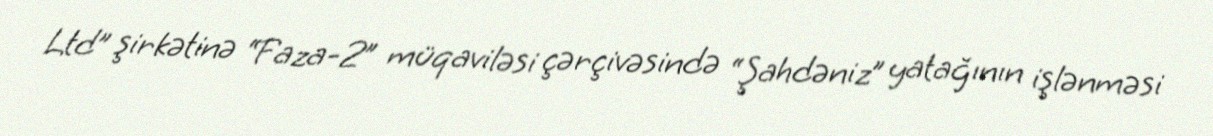
Ltd” şirkətinə “Faza-2” müqaviləsi çərçivəsində “Şahdəniz” yatağının işlənməsi